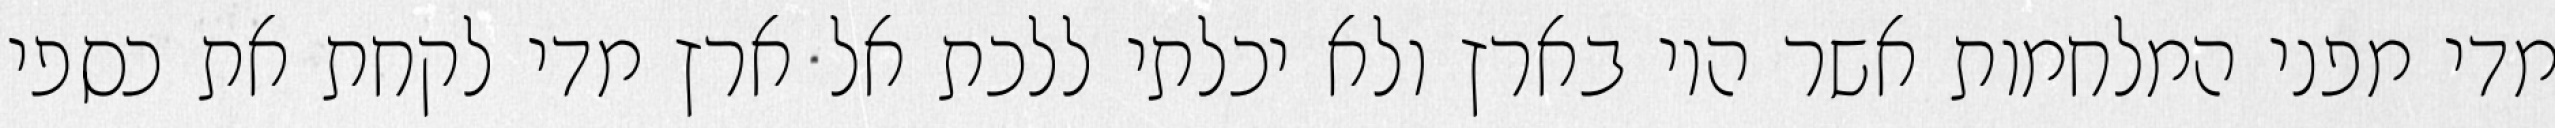
מדי מפני המלחמות אשר היו בארץ ולא יכלתי ללכת אל ארץ מדי לקחת את כספי